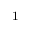
^ { \mathrm { ~ 1 ~ } } { }